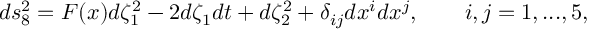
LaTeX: d s _ { 8 } ^ { 2 } = F ( x ) d \zeta _ { 1 } ^ { 2 } - 2 d \zeta _ { 1 } d t + d \zeta _ { 2 } ^ { 2 } + \delta _ { i j } d x ^ { i } d x ^ { j } , \qquad i , j = 1 , . . . , 5 ,